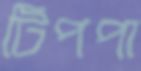
টিপপা